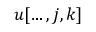
u [ \ldots , j , k ]